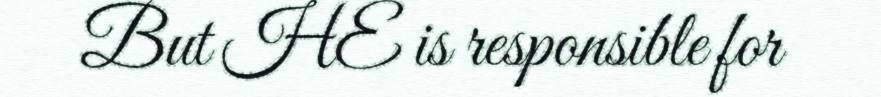
But HE is responsible for